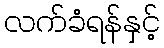
လက်ခံရန်နှင့်